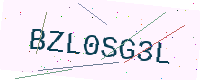
Text: BZL0SG3L